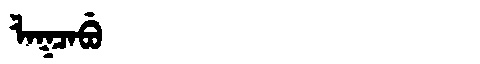
Manchu: ᠯᠠᡴᠴᠠᠪᡠ
Romanization: LAKCABU